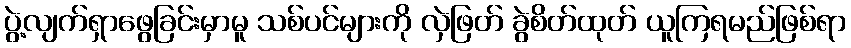
ပွဲ့လျက်ရှာဖွေခြင်းမှာမူ သစ်ပင်များကို လှဲဖြတ် ခွဲစိတ်ထုတ် ယူကြရမည်ဖြစ်ရာ